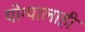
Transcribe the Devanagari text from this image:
योग्यालाही